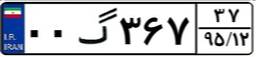
۰۰گ۳۶۷۳۷